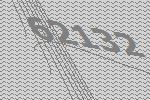
62132